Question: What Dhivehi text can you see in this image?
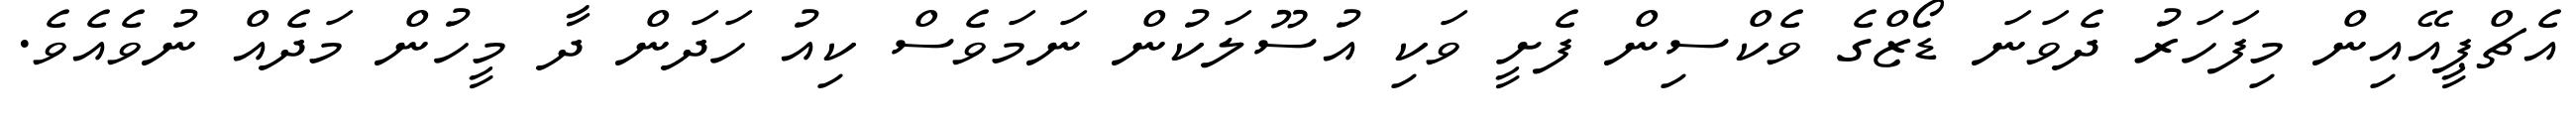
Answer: އެޗްޕީއޭއިން މިފަހަރު ދެވަނަ ޑޯޒްގެ ވެކްސިން ފެށީ ވަކި އުސޫލަކުން ނަމަވެސް ކިއު ހަދަން ދާ މީހުން މަދެއް ނުވެއެވެ.